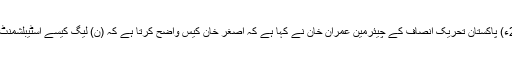
09 مئی2018ء) پاکستان تحریک انصاف کے چیئرمین عمران خان نے کہا ہے کہ اصغر خان کیس واضح کرتا ہے کہ (ن) لیگ کیسے اسٹیبلشمنٹ کی تخلیق ہے۔